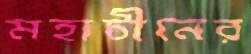
মহাচীনের